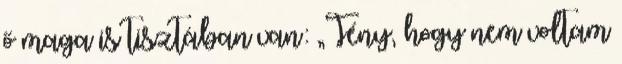
ő maga is tisztában van: „Tény, hogy nem voltam